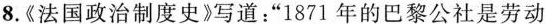
8.《法国政治制度史》写道”1871年的巴黎公社是劳动